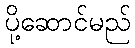
ပို့ဆောင်မည်